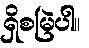
ရှိစမြဲပါ။